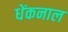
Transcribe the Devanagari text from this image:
धेंकनाल